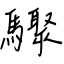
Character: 驟